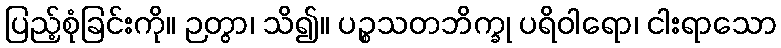
ပြည့်စုံခြင်းကို။ ဉတွာ၊ သိ၍။ ပဉ္စသတဘိက္ခု ပရိဝါရော၊ ငါးရာသော